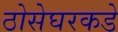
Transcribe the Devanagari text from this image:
ठोसेघरकडे